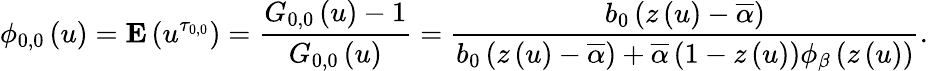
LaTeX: \phi_{0,0}\left(u\right)={\mathbf E}\left(u^{\tau_{0,0}}\right)=\frac{G_{0,0}\left(u\right)-1}{G_{0,0}\left(u\right)}=\frac{b_{0}\left(z\left(u\right)-\overline{{\alpha}}\right)}{b_{0}\left(z\left(u\right)-\overline{{\alpha}}\right)+\overline{{\alpha}}\left(1-z\left(u\right)\right)\phi_{\beta}\left(z\left(u\right)\right)}\mathrm{.}